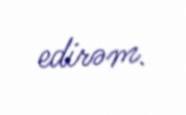
edirəm.